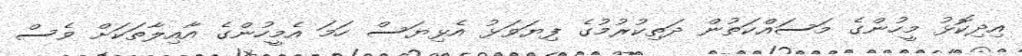
އިދިކޮޅު މީހުންގެ މަސައްކަތުން ދަތިކުރުމުގެ ފިޔަވަޅު އެޅިޔަސް ހަމަ އެމީހުންގެ އާއިލާތަކަށް ވެސް